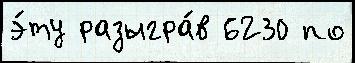
э́ту разыгра́в 6230 по